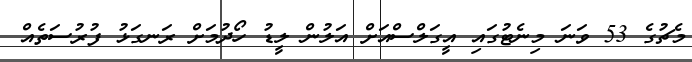
މެޗުގެ 53 ވަނަ މިނެޓުގައި އީގަލްސްއަށް އަލުން ލީޑު ހޯދުމަށް ރަނގަޅު ފުރުސަތެއް